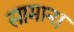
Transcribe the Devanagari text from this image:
सामान।